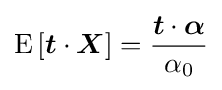
\operatorname {E} \left[{\boldsymbol {t}}\cdot {\boldsymbol {X}}\right]={\frac {{\boldsymbol {t}}\cdot {\boldsymbol {\alpha }}}{\alpha _{0}}}